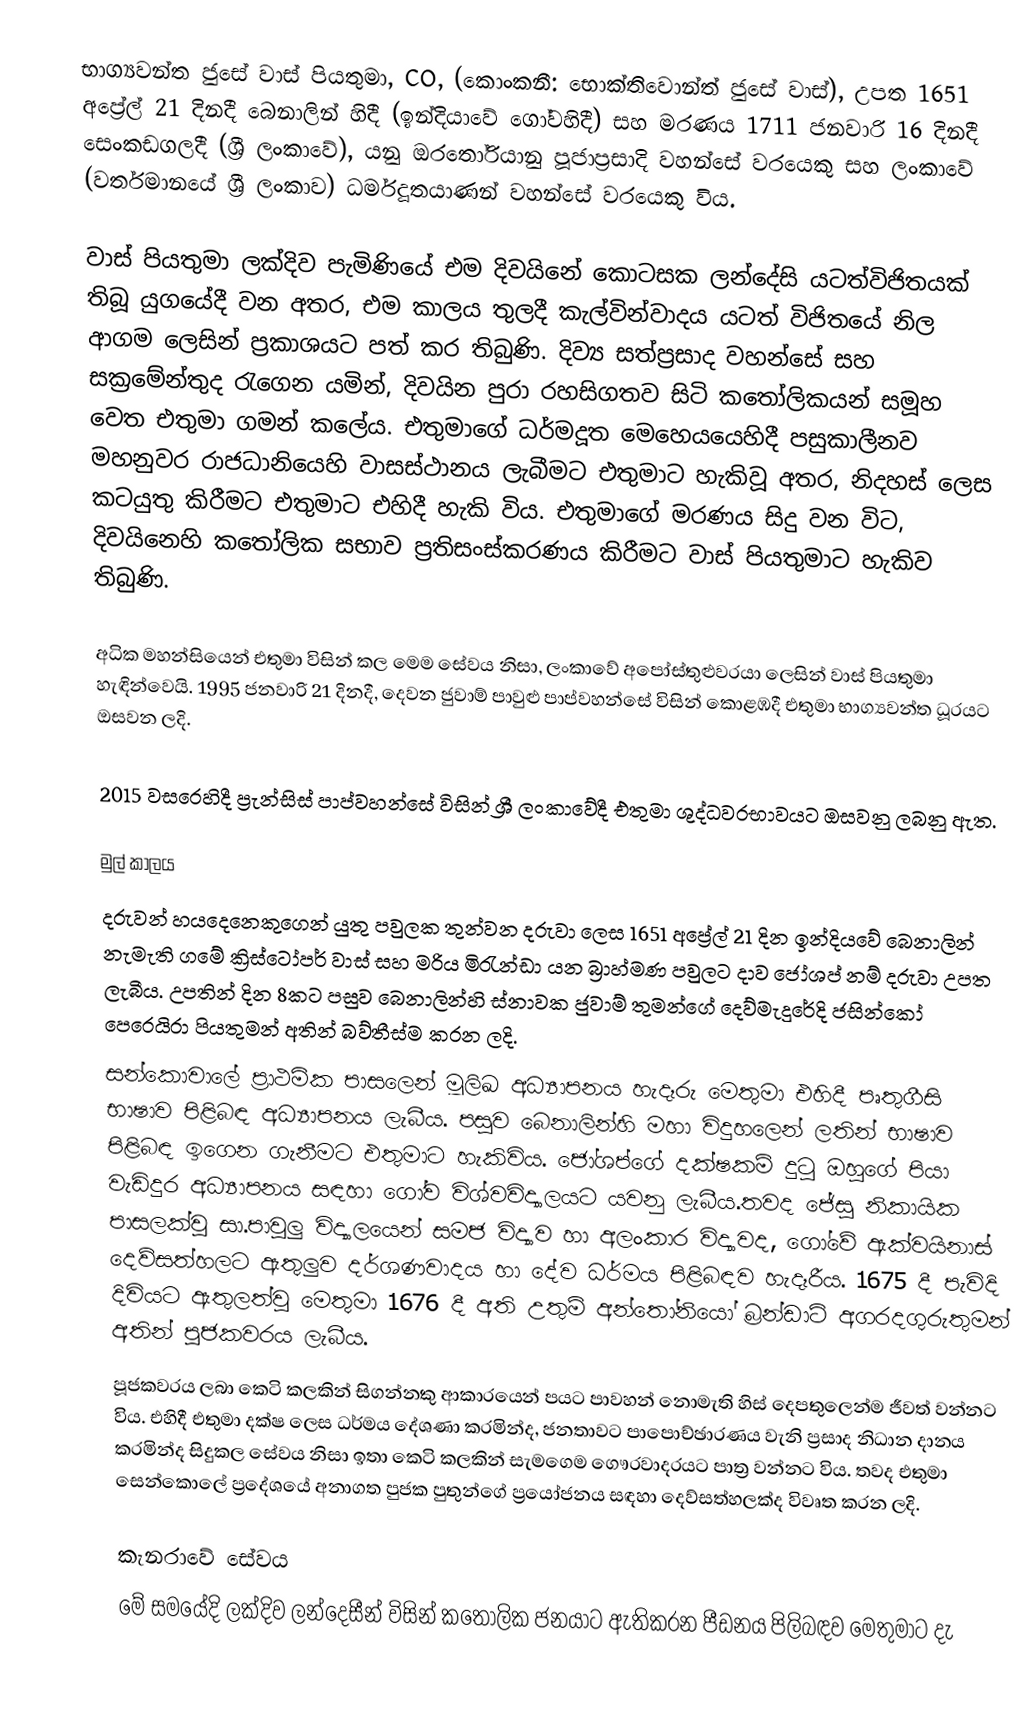
භාග්‍යවන්ත ජුසේ වාස් පියතුමා, CO, (කොංකනී: භොක්තිවොන්ත් ජුසේ වාස්), උපත 1651 අප්‍රේල් 21 දිනදී  බෙනාලින් හිදී (ඉන්දියාවේ ගෝවහිදී) සහ මරණය  1711 ජනවාරි 16 දිනදී සෙංකඩගලදී (ශ්‍රී ලංකාවේ), යනු ඔරතෝරියානු පූජාප්‍රසාදි වහන්සේ වරයෙකු සහ ලංකාවේ (වර්තමානයේ ශ්‍රී ලංකාව) ධර්මදූතයාණන් වහන්සේ වරයෙකු  විය.

වාස් පියතුමා ලක්දිව පැමිණියේ එම දිවයිනේ කොටසක ලන්දේසි යටත්විජිතයක් තිබූ යුගයේදී වන අතර, එම කාලය තුලදී කැල්වින්වාදය යටත් විජිතයේ නිල ආගම ලෙසින් ප්‍රකාශයට පත් කර තිබුණි. දිව්‍ය සත්ප්‍රසාද වහන්සේ සහ සක්‍රමේන්තුද රැගෙන යමින්, දිවයින පුරා  රහසිගතව සිටි කතෝලිකයන් සමූහ වෙත එතුමා ගමන් කලේය. එතුමාගේ ධර්මදූත මෙහෙයයෙහිදී පසුකාලීනව මහනුවර රාජධානියෙහි වාසස්ථානය ලැබීමට එතුමාට හැකිවූ අතර, නිදහස් ලෙස කටයුතු කිරීමට එතුමාට එහිදී හැකි විය. එතුමාගේ මරණය සිදු වන විට, දිවයිනෙහි කතෝලික සභාව ප්‍රතිසංස්කරණය කිරීමට වාස් පියතුමාට හැකිව තිබුණි.

අධික මහන්සියෙන් එතුමා විසින් කල මෙම සේවය නිසා, ලංකාවේ අපෝස්තුළුවරයා ලෙසින් වාස් පියතුමා හැඳින්වෙයි. 1995 ජනවාරි 21 දිනදී, දෙවන ජුවාම් පාවුළු පාප්වහන්සේ විසින්  කොළඹදී එතුමා  භාග්‍යවන්ත ධූරයට ඔසවන ලදි.

2015 වසරෙහිදී  ප්‍රැන්සිස් පාප්වහන්සේ විසින් ශ්‍රී ලංකාවේදී එතුමා ශුද්ධවරභාවයට ඔසවනු ලබනු ඇත.

මුල් කාලය
දරුවන් හයදෙනෙකුගෙන් යුතු පවුලක තුන්වන දරුවා ලෙස 1651 අප්‍රේල් 21 දින ඉන්දියවේ බෙනාලින් නැමැති ගමේ ක්‍රිස්ටෝපර් වාස් සහ මරිය මිරැන්ඩා යන බ්‍රාහ්මණ පවුලට දාව ජෝශප් නම් දරුවා උපත ලැබීය. උපතින් දින 8කට පසුව බෙනාලින්හි ස්නාවක ජුවාම් තුමන්ගේ දෙව්මැදුරේදි ජසින්කෝ පෙරෙයිරා පියතුමන් අතින් බව්තීස්ම කරන ලදි.
සන්කොවාලේ ප්‍රාථමික පාසලෙන් මූලිඛ අධ්‍යාපනය හැදෑරු මෙතුමා එහිදී පෘතුගීසි භාෂාව පිළිබඳ අධ්‍යාපනය ලැබීය. පසුව බෙනාලින්හි මහා විදුහලෙන් ලතින් භාෂාව පිළිබඳ ඉගෙන ගැනීමට එතුමාට හැකිවිය. ජෝශප්ගේ දක්ෂකම් දුටු ඔහුගේ පියා වැඩිදුර අධ්‍යාපනය සඳහා ගෝව විශ්වවිද්‍යාලයට යවනු ලැබීය.තවද ජේසු නිකායික පාසලක්වු සා.පාවුලු විද්‍යාලයෙන් සමජ විද්‍යාව හා අලංකාර විද්‍යාවද, ගෝවේ ඇක්වයිනාස් දෙව්සත්හලට ඇතුලුව දර්ශණවාදය හා දේව ධර්මය පිළිබඳව හැදෑරීය. 1675 දී පැවිදි දිවියට ඇතුලත්වු මෙතුමා 1676 දී අති උතුම් අන්තෝනියෝ බ්‍රන්ඩාට් අගරදගුරුතුමන් අතින් පූජකවරය ලැබීය.
පූජකවරය ලබා කෙටි කලකින් සිගන්නකු ආකාරයෙන් පයට පාවහන් නොමැති හිස් දෙපතුලෙන්ම ජීවත් වන්නට විය. එහිදී එතුමා දක්ෂ ලෙස ධර්මය දේශණා කරමින්ද, ජනතාවට පාපොච්ඡාරණය වැනි ප්‍රසාද නිධාන දානය කරමින්ද සිදුකල සේවය නිසා ඉතා කෙටි කලකින් සැමගෙම ගෞරවාදරයට පාත්‍ර වන්නට විය. තවද එතුමා සෙන්කොලේ ප්‍රදේශයේ අනාගත පුජක පුතුන්ගේ ප්‍රයෝජනය සඳහා දෙව්සත්හලක්ද විවෘත කරන ලදි.

කැනරාවේ සේවය
මේ සමයේදි ලක්දිව ලන්දෙසීන් විසින් කතෝලික ජනයාට ඇතිකරන පීඩනය පිලිබඳව මෙතුමාට දැ